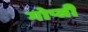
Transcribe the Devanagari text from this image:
गोप्त्री